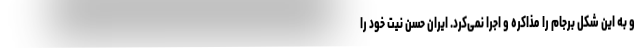
و به این شکل برجام را مذاکره و اجرا نمی‌کرد. ایران حسن نیت خود را